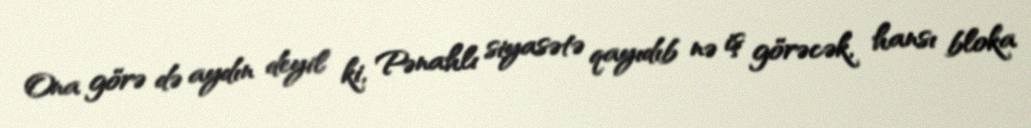
Ona görə də aydın deyil ki, Pənahlı siyasətə qayıdıb nə iş görəcək, hansı bloka